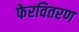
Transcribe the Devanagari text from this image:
फेरवितरण